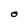
Character: O